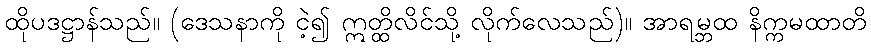
ထိုပဒဋ္ဌာန်သည်။ (ဒေသနာကို ငဲ့၍ ဣတ္ထိလိင်သို့ လိုက်လေသည်)။ အာရမ္ဘထ နိက္ကမထာတိ